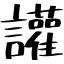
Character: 讙